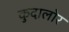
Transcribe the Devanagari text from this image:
कुदालोर